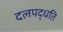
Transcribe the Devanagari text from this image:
दलपद्धति